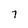
Character: 7